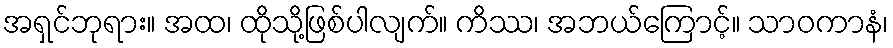
အရှင်ဘုရား။ အထ၊ ထိုသို့ဖြစ်ပါလျက်။ ကိဿ၊ အဘယ်ကြောင့်။ သာဝကာနံ၊